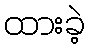
ထားခဲ့